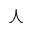
\curlywedge